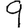
Digit: 9